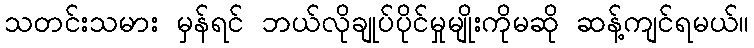
သတင်းသမား မှန်ရင် ဘယ်လိုချုပ်ပိုင်မှုမျိုးကိုမဆို ဆန့်ကျင်ရမယ်။